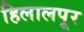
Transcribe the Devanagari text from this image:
हिलालपूर